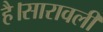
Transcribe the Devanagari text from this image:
है।सारावली